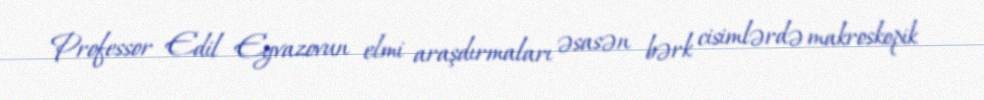
Professor Edil Eyvazovun elmi araşdırmaları əsasən bərk cisimlərdə makroskopik